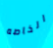
الخاصه